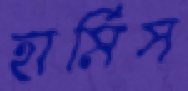
হার্মিস